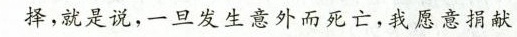
择，就是说，一旦发生意外而死亡，我愿意捐献